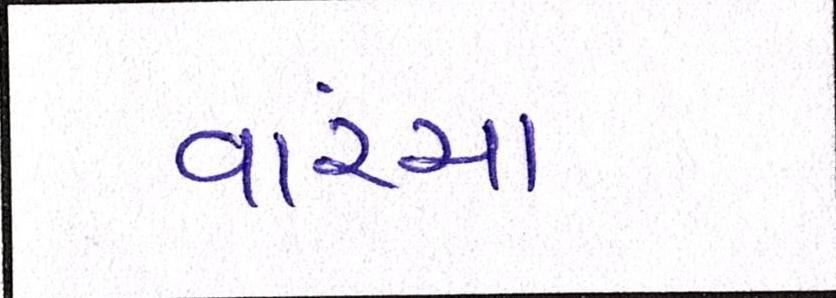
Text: વાંચ્યા